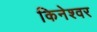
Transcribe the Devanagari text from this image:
किनेश्वर